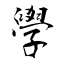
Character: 學